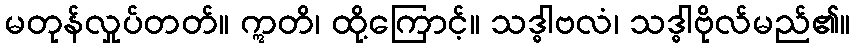
မတုန်လှုပ်တတ်။ ဣတိ၊ ထို့ကြောင့်။ သဒ္ဓါဗလံ၊ သဒ္ဓါဗိုလ်မည်၏။